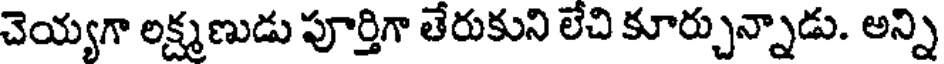
చెయ్యగా లక్ష్మణుడు పూర్తిగా తేరుకుని లేచి కూర్చున్నాడు. అన్ని